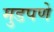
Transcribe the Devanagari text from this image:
मुडपणे